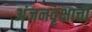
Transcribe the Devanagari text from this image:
अंजनवृक्षाची